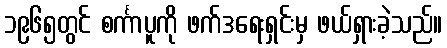
၁၉၆၅တွင် စင်္ကာပူကို ဖက်ဒရေးရှင်းမှ ဖယ်ရှားခဲ့သည်။